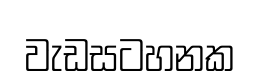
වැඩසටහනක